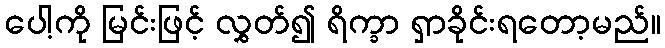
ပေါ့ကို မြင်းဖြင့် လွှတ်၍ ရိက္ခာ ရှာခိုင်းရတော့မည်။